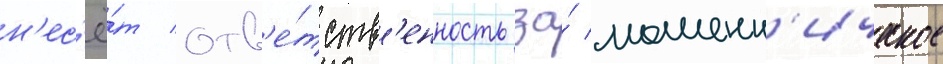
н'ес'ё́т отв'е́тств'енность за́ мошенн'ическое